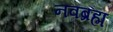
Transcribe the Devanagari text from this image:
नवब्रह्म